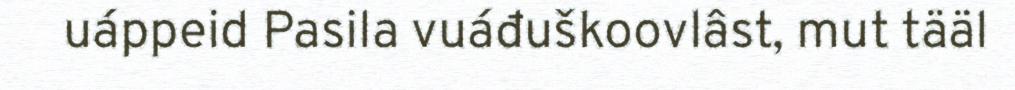
uáppeid Pasila vuáđuškoovlâst, mut tääl